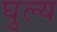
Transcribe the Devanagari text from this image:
घुल्य